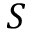
S